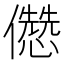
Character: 𠐷